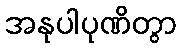
အနုပါပုဏိတွာ